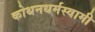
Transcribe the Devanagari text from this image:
कोथनधर्मस्वामी